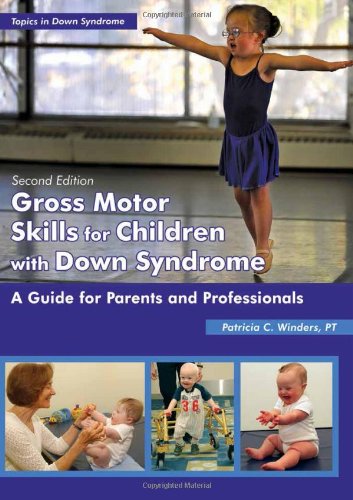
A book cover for Gross Motor Skills for Children With Down Syndrome: A Guide for Parents and Professionals (Topics in Down Syndrome); Patricia C. Winders; Medical Books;